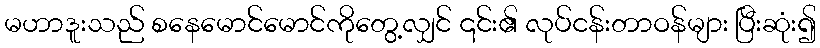
မဟာဒူးသည် စနေမောင်မောင်ကိုတွေ့လျှင် ၎င်း၏ လုပ်ငန်းတာဝန်များ ပြီးဆုံး၍